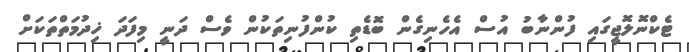
ޓެކްނޮލޮޖީގައި ފުންނާބު އުސް އެހެނިގެން ބޮޑެތި ކުންފުނިތަކުން ވެސް ދަނީ މިފަދަ ޚިދުމަތްތަކަށް